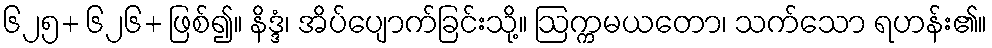
၆၂၅+ ၆၂၆+ ဖြစ်၍။ နိဒ္ဒံ၊ အိပ်ပျောက်ခြင်းသို့။ ဩက္ကမယတော၊ သက်သော ရဟန်း၏။